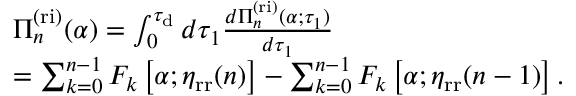
\begin{array} { r l } & { \Pi _ { n } ^ { \mathrm { ( r i ) } } ( \alpha ) = \int _ { 0 } ^ { \tau _ { \mathrm { d } } } d \tau _ { 1 } \frac { d \Pi _ { n } ^ { \mathrm { ( r i ) } } ( \alpha ; \tau _ { 1 } ) } { d \tau _ { 1 } } } \\ & { = \sum _ { k = 0 } ^ { n - 1 } F _ { k } \left[ \alpha ; \eta _ { \mathrm { r r } } ( n ) \right] - \sum _ { k = 0 } ^ { n - 1 } F _ { k } \left[ \alpha ; \eta _ { \mathrm { r r } } ( n - 1 ) \right] . } \end{array}